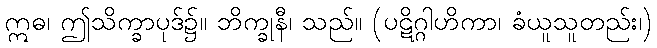
ဣဓ၊ ဤသိက္ခာပုဒ်၌။ ဘိက္ခုနီ၊ သည်။ (ပဋိဂ္ဂါဟိကာ၊ ခံယူသူတည်း၊)